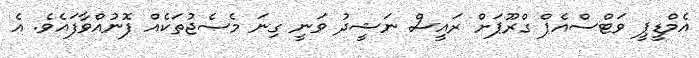
އެމްޑީޕީ ވަޓްސްއެޕް ގްރޫޕަށް ރައީސް ނަޝީދު ވަނީ ގިނަ މެސެޖުތަކެއް ފޮނުއްވާފައެވެ. އެ